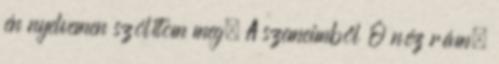
én nyelvemen szólítom meg. A szemeimből Ő néz rám.